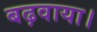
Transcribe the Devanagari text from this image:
बढ़वाया।